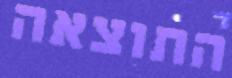
התוצאה